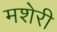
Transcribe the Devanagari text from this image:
मशेरी